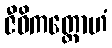
ဇီဝိကတ္ထောဟံ